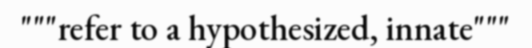
"""refer to a hypothesized, innate"""